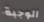
الوجبة